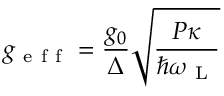
g _ { \mathrm { ~ e ~ f ~ f ~ } } = \frac { g _ { 0 } } { \Delta } \sqrt { \frac { P \kappa } { \hbar \omega _ { \mathrm { ~ L ~ } } } }